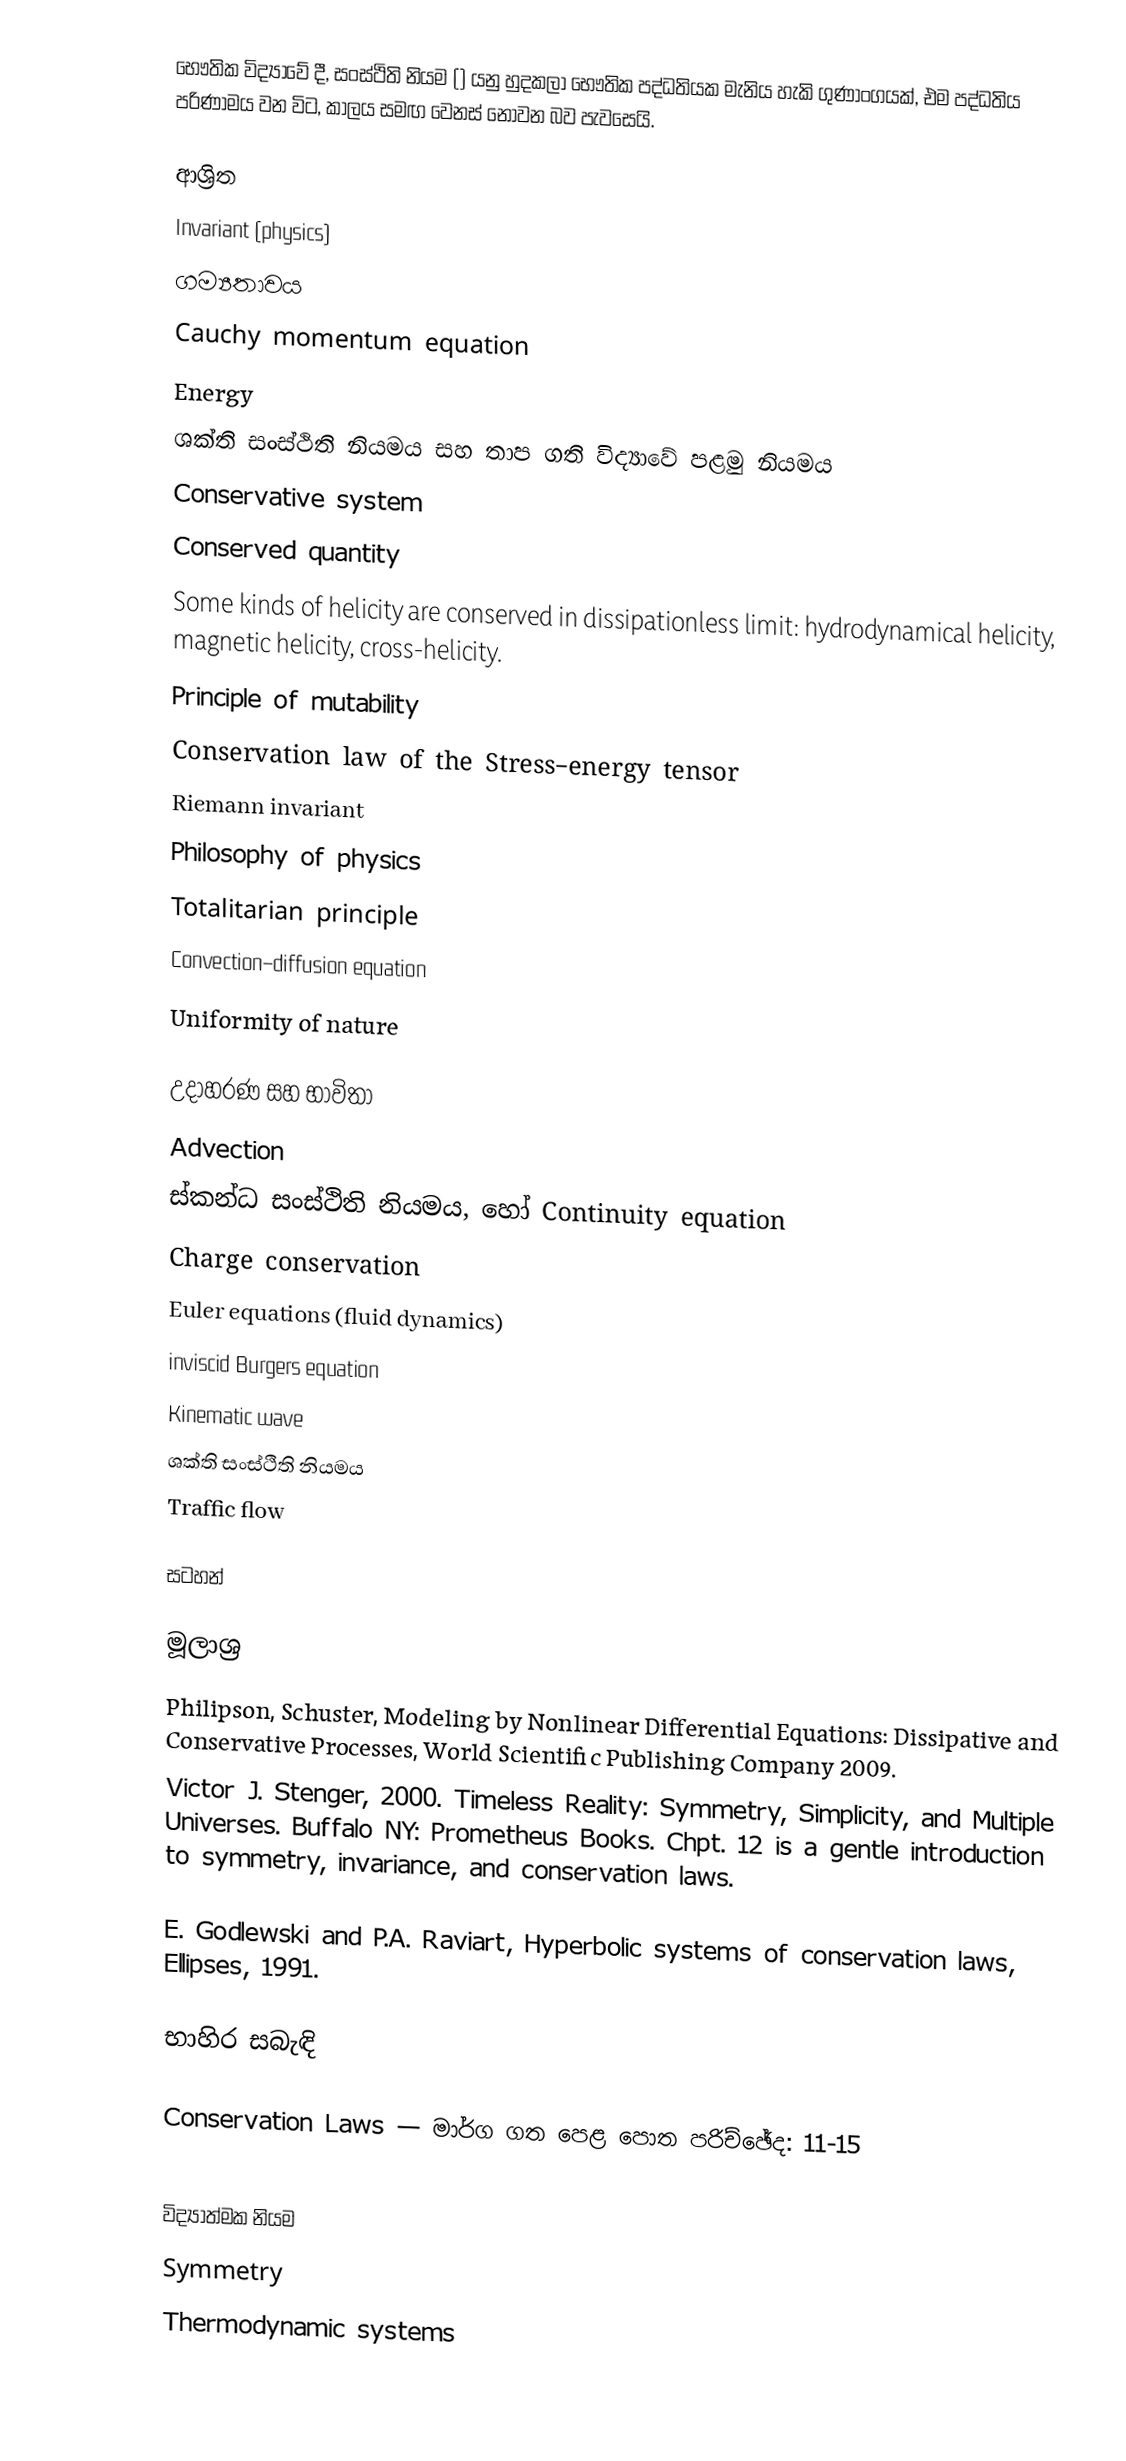
භෞතික විද්‍යාවේ දී, සංස්ථිති නියම () යනු හුදකලා භෞතික පද්ධතියක මැනිය හැකි ගුණාංගයක්, එම පද්ධතිය පරිණාමය වන විට, කාලය සමඟ වෙනස් නොවන බව පැවසෙයි.

ආශ්‍රිත
 Invariant (physics)
 ගම්‍යතාවය
 Cauchy momentum equation
 Energy
 ශක්ති සංස්ථිති නියමය සහ තාප ගති විද්‍යාවේ පළමු නියමය
 Conservative system
 Conserved quantity
 Some kinds of helicity are conserved in dissipationless limit: hydrodynamical helicity, magnetic helicity, cross-helicity.
 Principle of mutability
 Conservation law of the Stress–energy tensor
 Riemann invariant
 Philosophy of physics
 Totalitarian principle
 Convection–diffusion equation
 Uniformity of nature

උදාහරණ සහ භාවිතා
Advection
ස්කන්ධ සංස්ථිති නියමය, හෝ Continuity equation
Charge conservation
Euler equations (fluid dynamics)
inviscid Burgers equation
Kinematic wave
ශක්ති සංස්ථිති නියමය
Traffic flow

සටහන්

මූලාශ්‍ර
Philipson, Schuster, Modeling by Nonlinear Differential Equations: Dissipative and Conservative Processes, World Scientific Publishing Company 2009.
Victor J. Stenger, 2000. Timeless Reality: Symmetry, Simplicity, and Multiple Universes. Buffalo NY: Prometheus Books. Chpt. 12 is a gentle introduction to symmetry, invariance, and conservation laws.

E. Godlewski and P.A. Raviart, Hyperbolic systems of conservation laws, Ellipses, 1991.

භාහිර සබැඳි

Conservation Laws — මාර්ග ගත පෙළ පොත පරිච්ඡේද: 11-15

විද්‍යාත්මක නියම
Symmetry
Thermodynamic systems